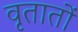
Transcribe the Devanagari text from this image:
वृतातों